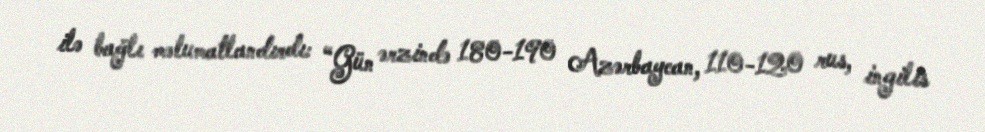
ilə bağlı məlumatlandırdı: “Gün ərzində 180-190 Azərbaycan, 110-120 rus, ingilis